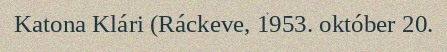
Katona Klári (Ráckeve, 1953. október 20.